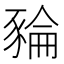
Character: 𧱜